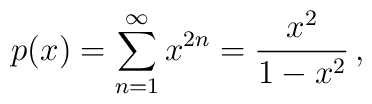
p(x)=\sum_{n=1}^\infty x^{2n}={x^2\over 1-x^2}\,,